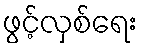
ဖွင့်လှစ်ရေး